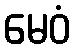
မေဝံ